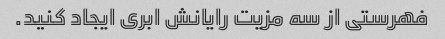
فهرستی از سه مزیت رایانش ابری ایجاد کنید.